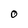
Character: O